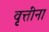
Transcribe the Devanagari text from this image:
वृत्तींना